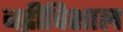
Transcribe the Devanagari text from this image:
बद्रीविशाल